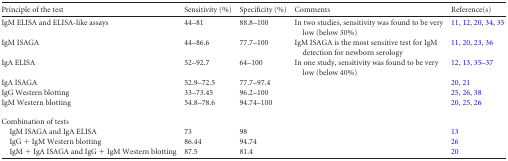
<table><thead><tr><td><b>Principle of the test</b></td><td><b>Sensitivity (%)</b></td><td><b>Specificity (%)</b></td><td><b>Comments</b></td><td><b>Reference(s)</b></td></tr></thead><tbody><tr><td>IgM ELISA and ELISA-like assays</td><td>44–81</td><td>88.8–100</td><td>In two studies, sensitivity was found to be very low (below 30%)</td><td>11, 12, 20, 34, 35</td></tr><tr><td>IgM ISAGA</td><td>44–86.6</td><td>77.7–100</td><td>IgM ISAGA is the most sensitive test for IgM detection for newborn serology</td><td>11, 20, 23, 36</td></tr><tr><td>IgA ELISA</td><td>52–92.7</td><td>64–100</td><td>In one study, sensitivity was found to be very low (below 40%)</td><td>12, 13, 35–37</td></tr><tr><td>IgA ISAGA</td><td>52.9–72.5</td><td>77.7–97.4</td><td></td><td>20, 21</td></tr><tr><td>IgG Western blotting</td><td>33–73.45</td><td>96.2–100</td><td></td><td>25, 26, 38</td></tr><tr><td>IgM Western blotting</td><td>54.8–78.6</td><td>94.74–100</td><td></td><td>20, 25, 26</td></tr><tr><td>Combination of tests</td><td></td><td></td><td></td><td></td></tr><tr><td>IgM ISAGA and IgA ELISA</td><td>73</td><td>98</td><td></td><td>13</td></tr><tr><td>IgG + IgM Western blotting</td><td>86.44</td><td>94.74</td><td></td><td>26</td></tr><tr><td>IgM + IgA ISAGA and IgG + IgM Western blotting</td><td>87.5</td><td>81.4</td><td></td><td>20</td></tr></tbody></table>